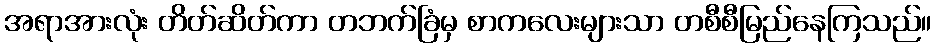
အရာအားလုံး တိတ်ဆိတ်ကာ တဘက်ခြံမှ စာကလေးများသာ တစီစီမြည်နေကြသည်။